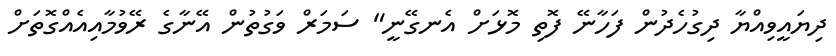
ދިޔައީވިއްޔާ ދިގުހެދުން ފަހާނޭ ފޮތި މޮޅަށް އެނގޭނީ" ސަމަރް ވަގުތުން އޭނާގެ ރޭވުމާއިއެއްގޮތަށް